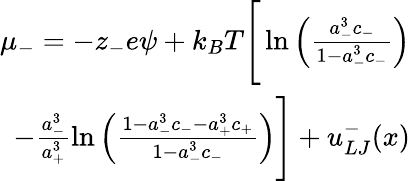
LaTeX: \begin{array}{r}{\mu_{-}=-z_{-}e\psi+k_{B}T\Bigg[\ln\left({\frac{a_{-}^{3}c_{-}}{1-a_{-}^{3}c_{-}}}\right)}\\ {-\frac{a_{-}^{3}}{a_{+}^{3}}\ln\left({\frac{1-a_{-}^{3}c_{-}-a_{+}^{3}c_{+}}{1-a_{-}^{3}c_{-}}}\right)\Bigg]+u_{LJ}^{-}(x)}\end{array}